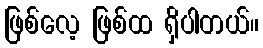
ဖြစ်လေ့ ဖြစ်ထ ရှိပါတယ်။